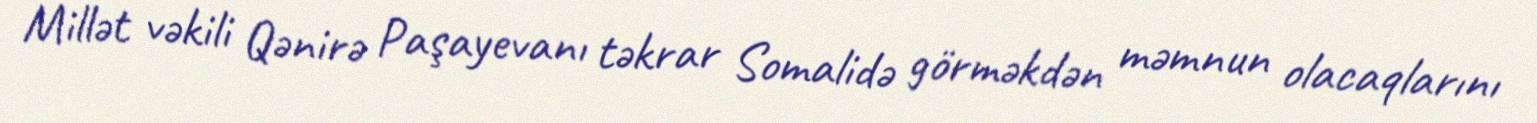
Millət vəkili Qənirə Paşayevanı təkrar Somalidə görməkdən məmnun olacaqlarını